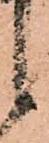
候